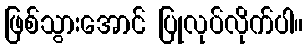
ဖြစ်သွားအောင် ပြုလုပ်လိုက်ပါ။